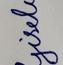
Signature authenticity: forged